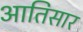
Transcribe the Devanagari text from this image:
आतिसार